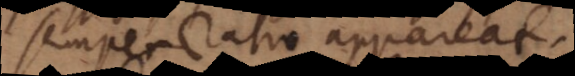
semper ratio appareat.